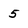
Character: 5